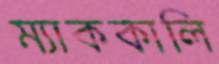
ম্যাককালি